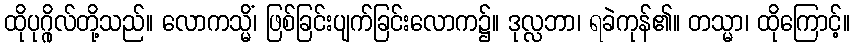
ထိုပုဂ္ဂိုလ်တို့သည်။ လောကသ္မိံ၊ ဖြစ်ခြင်းပျက်ခြင်းလောက၌။ ဒုလ္လဘာ၊ ရခဲကုန်၏။ တသ္မာ၊ ထိုကြောင့်။